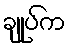
ချုပ်က